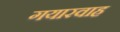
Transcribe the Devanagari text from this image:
गयारवाह